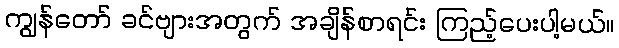
ကျွန်တော် ခင်ဗျားအတွက် အချိန်စာရင်း ကြည့်ပေးပါ့မယ်။